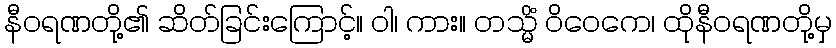
နီဝရဏတို့၏ ဆိတ်ခြင်းကြောင့်။ ဝါ၊ ကား။ တသ္မိံ ဝိဝေကေ၊ ထိုနီဝရဏတို့မှ